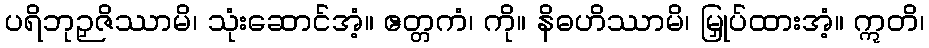
ပရိဘုဉှဇိဿာမိ၊ သုံးဆောင်အံ့။ ဧတ္တကံ၊ ကို။ နိဓဟိဿာမိ၊ မြှုပ်ထားအံ့။ ဣတိ၊